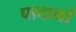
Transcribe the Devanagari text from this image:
पादाभों